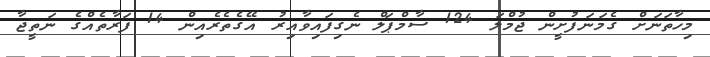
މިހާތަނަށް ގެމަނަފުށީން ޖުމްލަ 124 ސާމްޕަލް ނެގިފައިވާއިރު އޭގެތެރެއިން 14 ފަރާތެއްގެ ނަތީޖާ